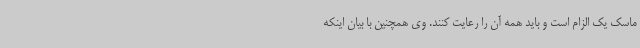
ماسک یک الزام است و باید همه آن را رعایت کنند. وی همچنین با بیان اینکه